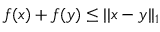
f ( x ) + f ( y ) \leq | | x - y | | _ { 1 }